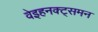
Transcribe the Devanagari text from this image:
वेइहनक्ट्समन